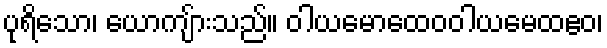
ပုရိသော၊ ယောကျ်ားသည်။ ဝါယမောထေဝဝါယမေထဧဝ၊